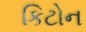
કિટોન